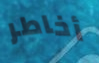
أخاطر